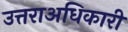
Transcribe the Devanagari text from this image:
उत्तराअधिकारी